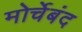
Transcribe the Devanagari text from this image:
मोर्चेबंद